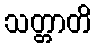
သတ္တာတိ